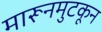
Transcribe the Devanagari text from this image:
मारूनमुटकून